Vaccination in Burma 1920-1933 - 1920-1933
Year: 1920
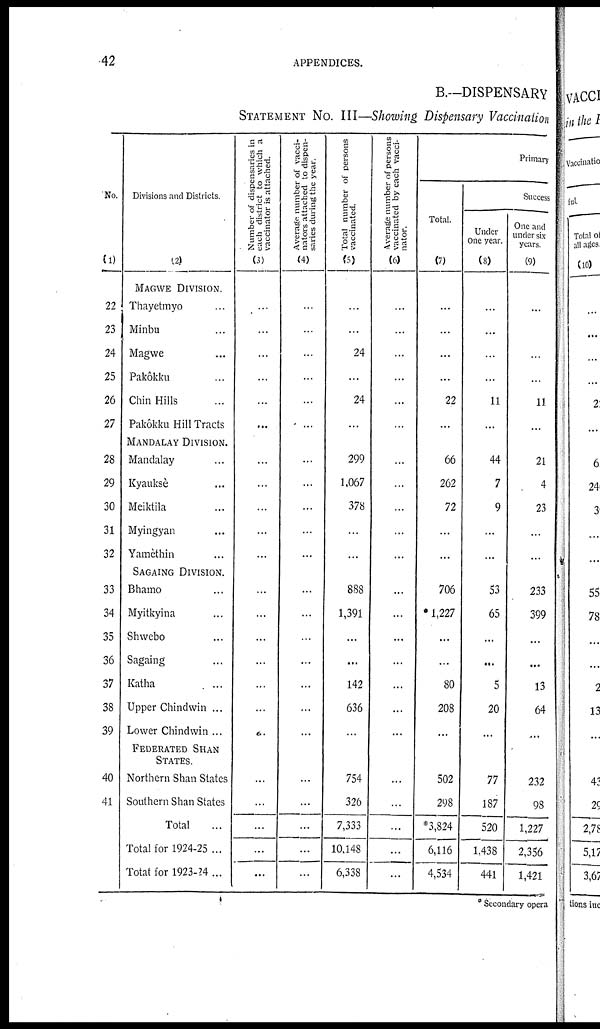
42
APPENDICES.
B.—DISPENSARY
STATEMENT No. III—Showing Dispensary Vaccination
No.
(1)
22
23
24
25
26
27
28
29
30
31
32
33
34
35
36
37
38
39
40
41
Divisions and Districts
(2)
MAGWE DIVISION.
Thayetmyo...
Minbu...
Magwe...
Pakôkku...
Chin Hills...
Pakôkku Hill Tracts...
MANDALAY DIVISION.
Mandalay... ...
Kyaukse...
Meiktila...
Myingyan...
Yamèthin...
SAGAING DIVISION.
Bhamo...
Myitkyina...
Shwebo...
Sagaing...
Katha...
Upper Chindwin ...
Lower Chindwin ...
FEDERATED SHAN
STATES.
Northern Shan States...
Southern Shan States...
Total...
Total for 1924-25...
Totat for 1923-24 ...
Number of dispensaries in
each district to which a
vaccinator is attached.
(3)
...
...
...
...
...
...
...
...
...
...
...
...
...
...
...
...
...
...
...
...
...
...
...
Average number of vacci-
nators attached to dispen-
saries during the year.
(4)
...
...
...
...
...
...
...
...
...
...
...
...
...
...
...
...
...
...
...
...
...
...
...
Total number of persons
vaccinated.
(5)
...
...
24
...
24
...
299
1,067
378
...
...
888
1,391
...
...
142
636
...
754
326
7,333
10,148
6,338
Average number of persons
vaccinated by each vacci-
nator.
(6)
...
...
...
...
...
...
...
...
...
...
...
...
...
...
...
...
...
...
...
...
...
...
...
Primary
Total.
(7)
...
...
...
...
22
...
66
262
72
...
...
706
* 1,227
...
...
80
208
...
502
298
*3,824
6,116
4,534
Success
Under
One year.
(8)
...
...
...
...
11
...
44
7
9
...
...
53
65
...
...
5
20
...
77
187
520
1,438
441
One and
under six
years.
(9)
11
21
4
23
...
...
233
399
...
...
13
64
...
232
98
1,227
2,356
1,421
* Secondary opera